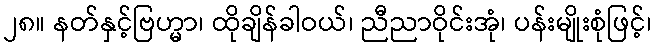
၂၈။ နတ်နှင့်ဗြဟ္မာ၊ ထိုချိန်ခါဝယ်၊ ညီညာဝိုင်းအုံ၊ ပန်းမျိုးစုံဖြင့်၊